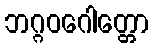
ဘဂ္ဂဝဂေါတ္တော